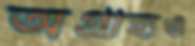
অগ্রাহ্যও